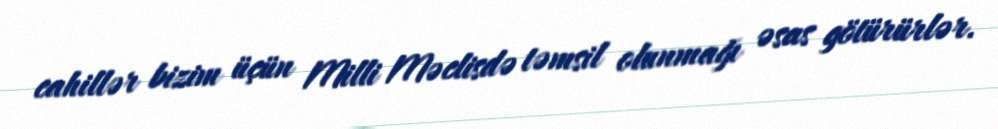
cahillər bizim üçün Milli Məclisdə təmsil olunmağı əsas götürürlər.